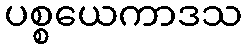
ပစ္စယေကာဒသ